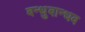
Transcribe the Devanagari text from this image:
बन्धुबान्धव